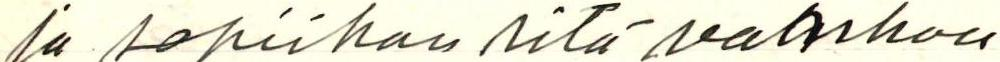
ja sopiihan sitä vanhaa